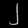
Digit: ၂